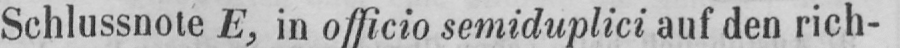
Schlussnote E, in officio semiduplici auf den rich-